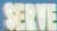
SERVE